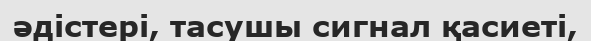
әдістері, тасушы сигнал қасиеті,